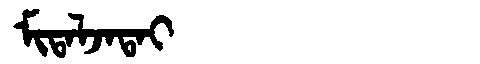
Manchu: ᠮᡳᡨᠠᠯᠵᠠᡨᠠᡳ
Romanization: MITALJATAI